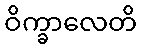
ဝိက္ခာလေတိ